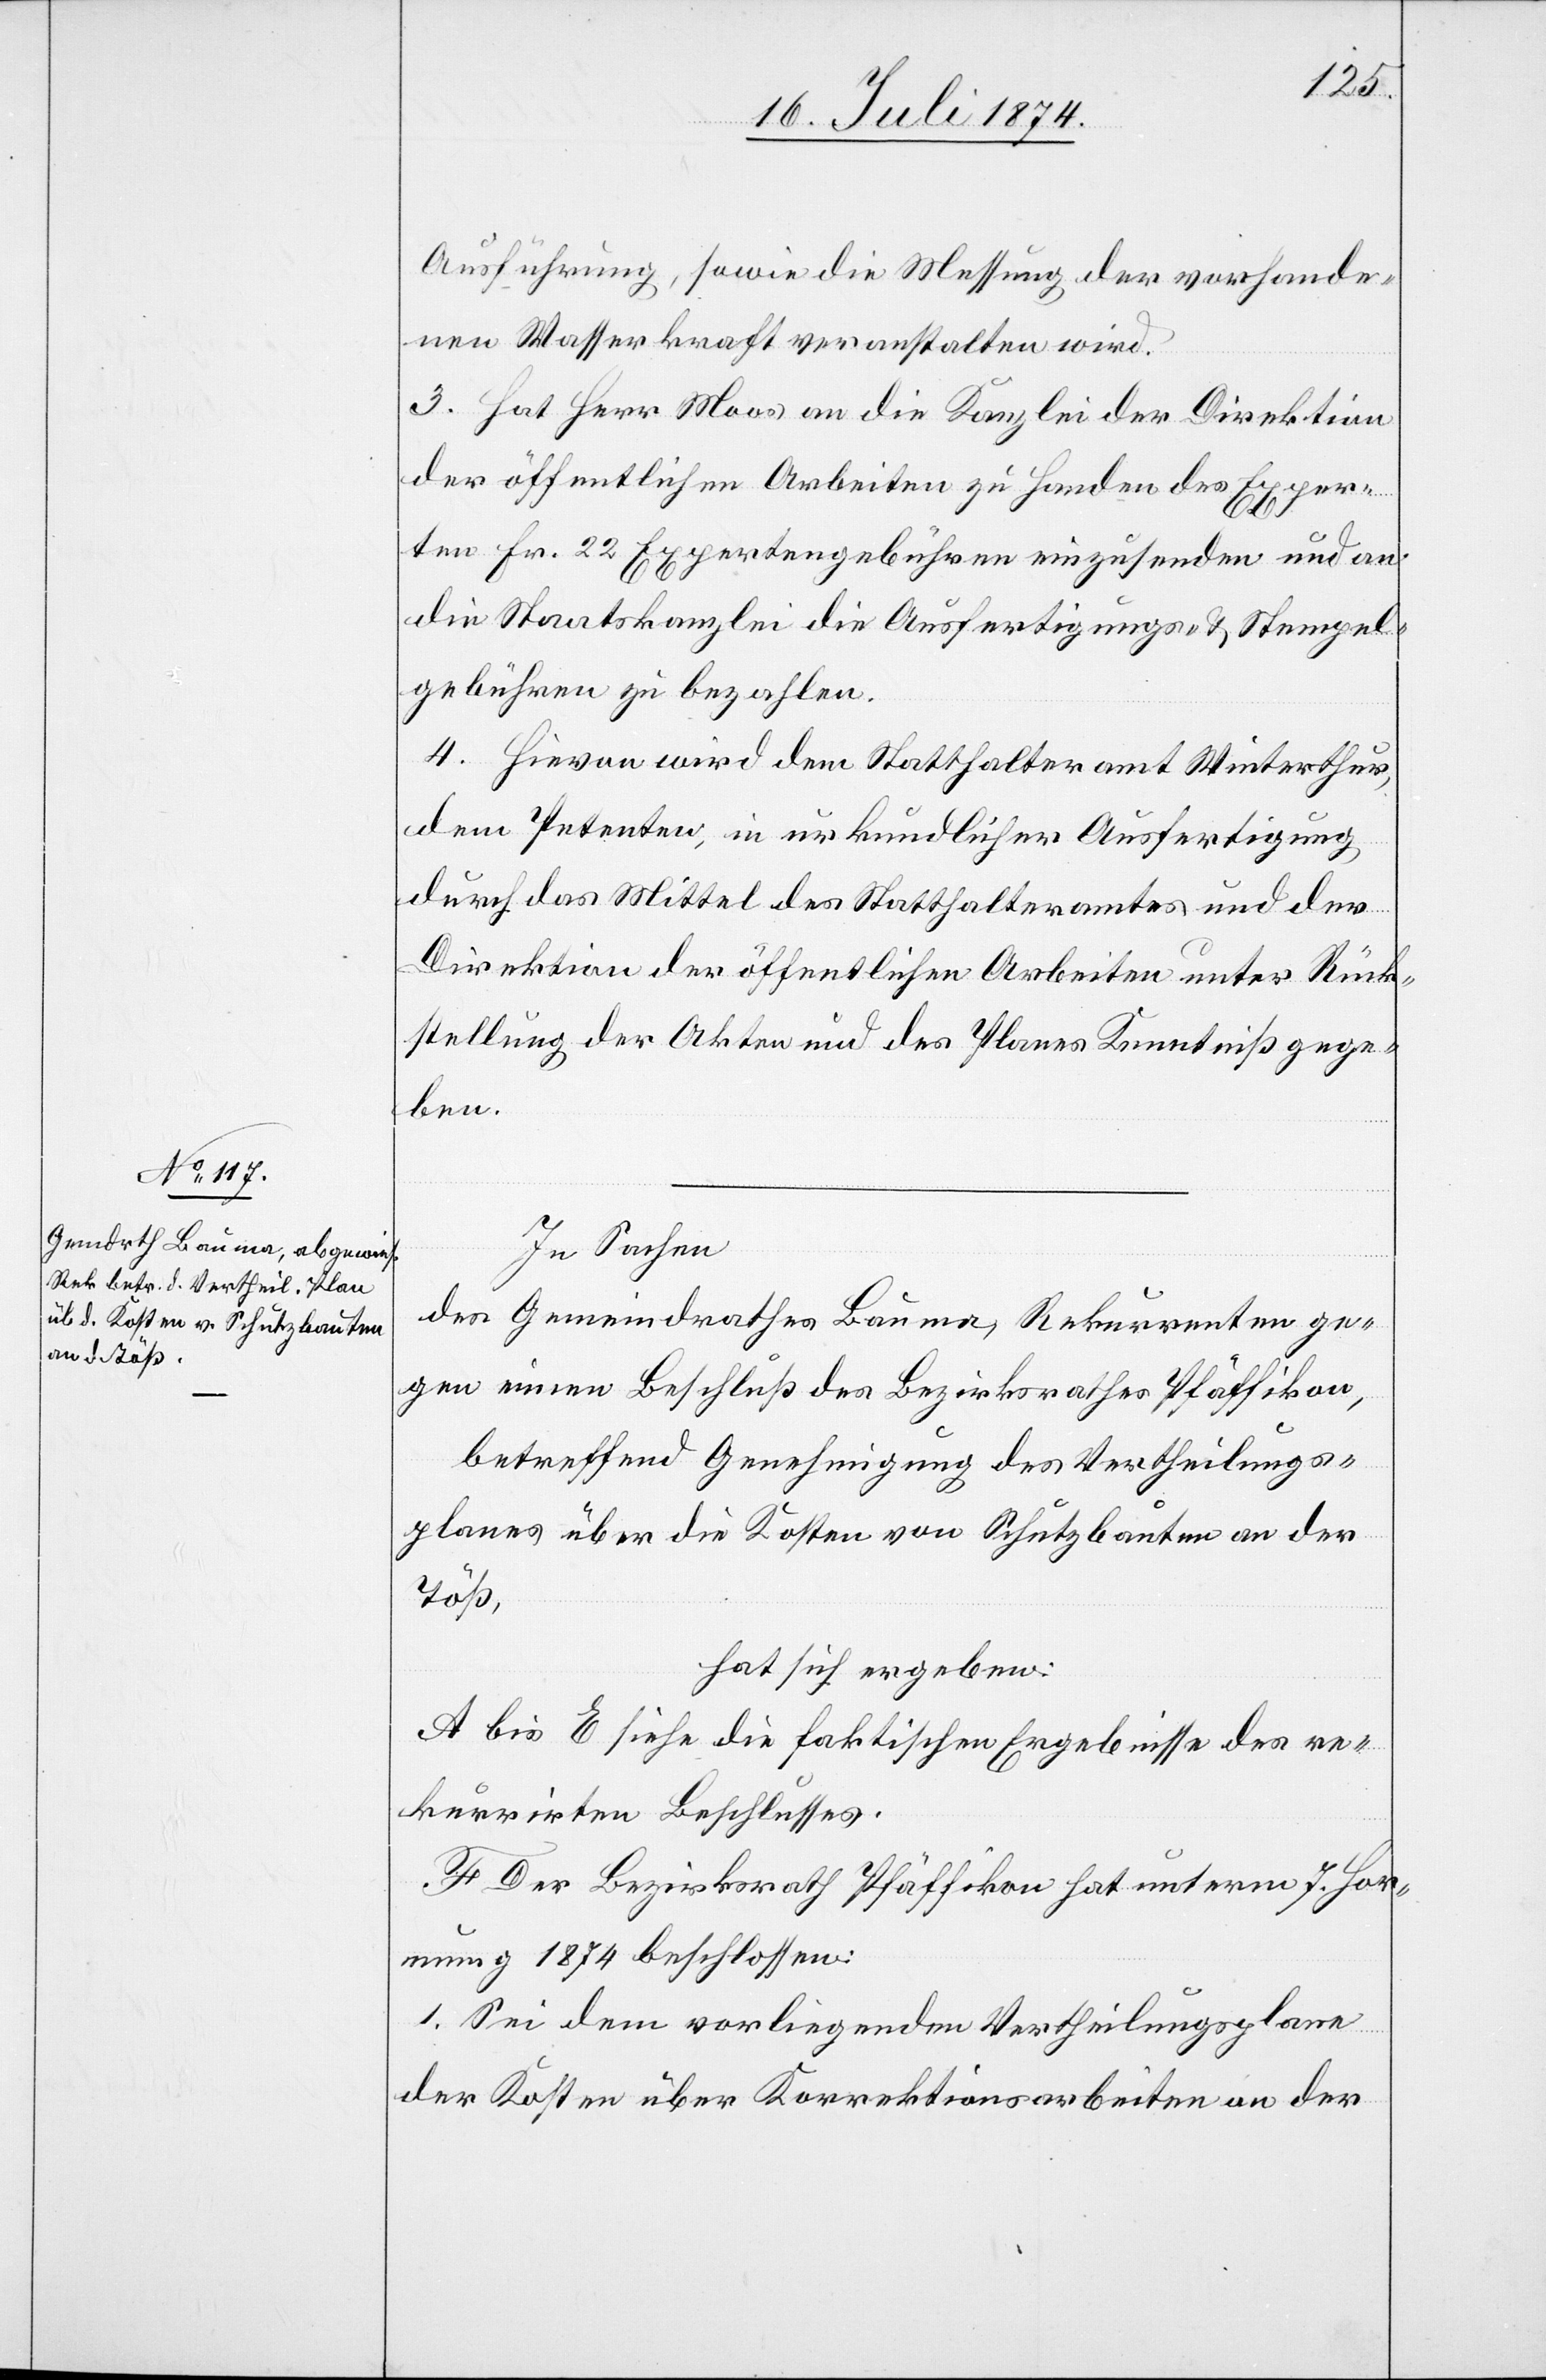
Ausführung, sowie die Messung der vorhande¬
nen Wasserkraft veranstalten wird.
3. Hat Herr Moos an die Kanzlei der Direktion
der öffentlichen Arbeiten zu Handen des Exper¬
ten Fr. 22 Expertengebühren einzusenden und an
die Staatskanzlei die Ausfertigungs- u. Stempel¬
gebühren zu bezahlen.
4. Hievon wird dem Statthalteramt Winterthur,
dem Petenten, in urkundlicher Ausfertigung
durch das Mittel des Statthalteramtes und der
Direktion der öffentlichen Arbeiten unter Rück¬
stellung der Akten und des Planes Kenntniß gege¬
ben.
In Sachen
des Gemeindrathes Bauma, Rekurrenten ge¬
gen einen Beschluß des Bezirksrathes Pfäffikon,
betreffend Genehmigung des Vertheilungs¬
planes über die Kosten von Schutzbauten an der
Töß,
hat sich ergeben:
A. bis E. siehe die faktischen Ergebnisse des re¬
kurrirten Beschlusses.
F. Der Bezirksrath Pfäffikon hat unterm 7. Hor¬
nung 1874 beschlossen:
1. Sei dem vorliegenden Vertheilungsplane
der Kosten über Korrektionsarbeiten an der